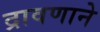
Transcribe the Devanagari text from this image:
द्रावणाने